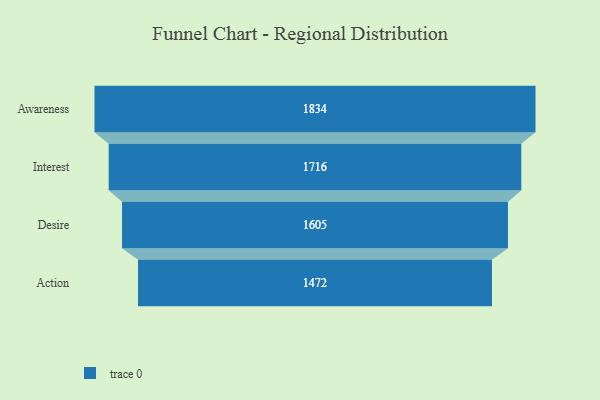
{"axis": {"x": "Stage", "y": "Value"}, "legend": [""], "data": [{"x": "Awareness", "y": 1834.0, "type": ""}, {"x": "Interest", "y": 1716.0, "type": ""}, {"x": "Desire", "y": 1605.0, "type": ""}, {"x": "Action", "y": 1472.0, "type": ""}]}